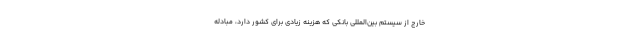
خارج از سیستم بین‌المللی بانکی که هزینه زیادی برای کشور دارد، مبادله